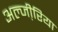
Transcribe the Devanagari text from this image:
अल्जी़रिया